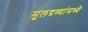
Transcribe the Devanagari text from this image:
मूलद्रव्यांमध्ये